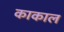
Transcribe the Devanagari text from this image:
काकाल